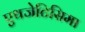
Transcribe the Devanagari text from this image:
एथजेटिसिमा